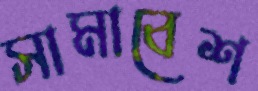
সামাবেশ